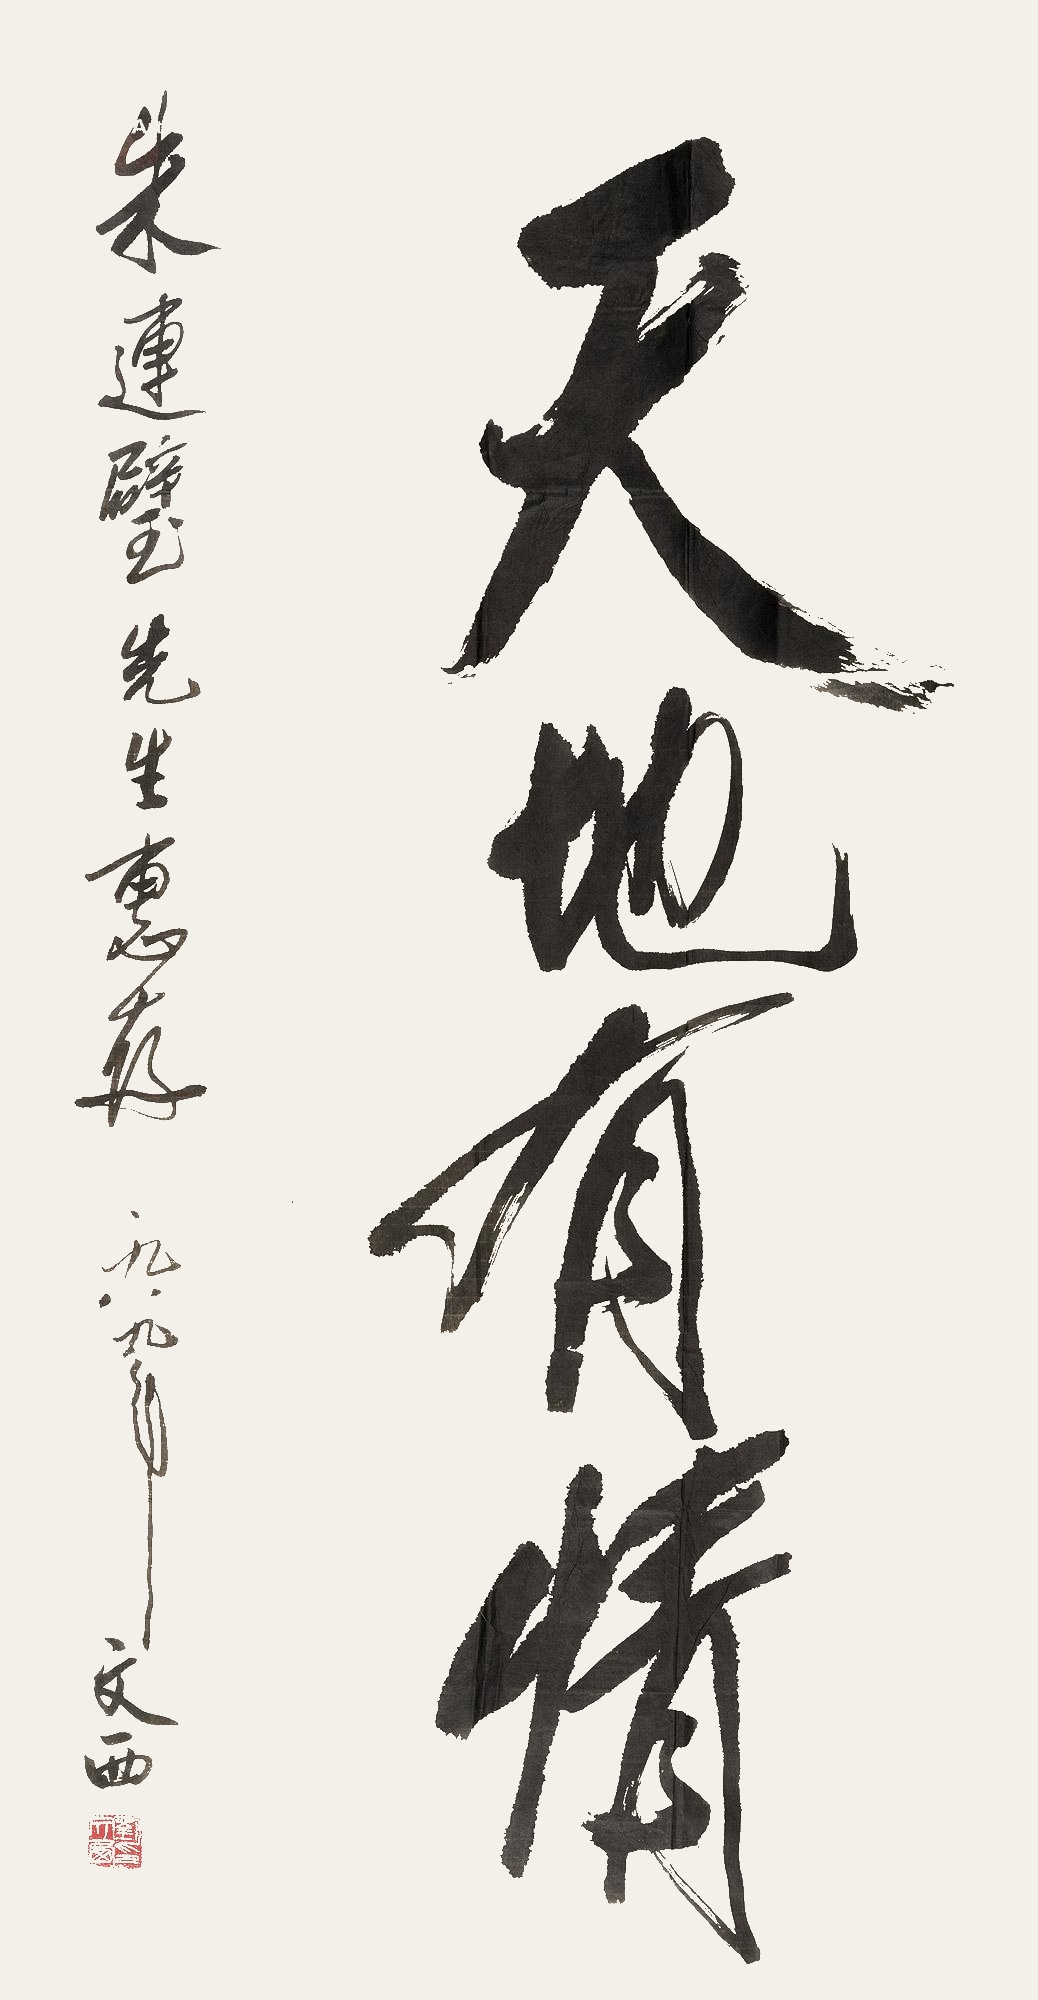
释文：天地有情朱连璧先生惠存，一九八九年，文西。